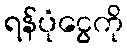
ရန်ပုံငွေကို